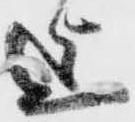
迄